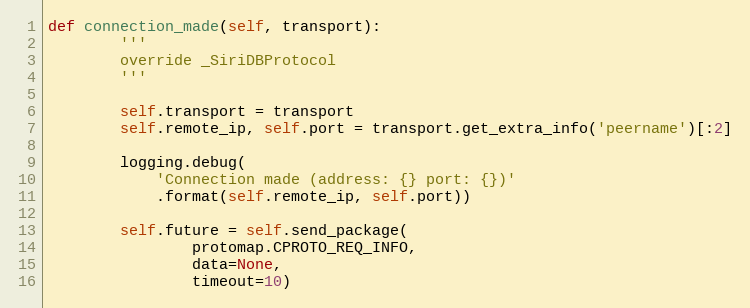
Language: Python
def connection_made(self, transport):
        '''
        override _SiriDBProtocol
        '''

        self.transport = transport
        self.remote_ip, self.port = transport.get_extra_info('peername')[:2]

        logging.debug(
            'Connection made (address: {} port: {})'
            .format(self.remote_ip, self.port))

        self.future = self.send_package(
                protomap.CPROTO_REQ_INFO,
                data=None,
                timeout=10)